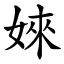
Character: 婡